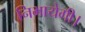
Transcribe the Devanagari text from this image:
निभायेगी।